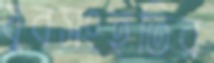
যুবসংহতির